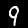
Label: 9